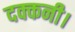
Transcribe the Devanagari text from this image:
दक्कनी।